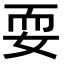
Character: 耍